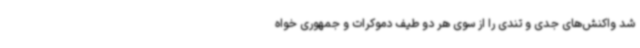
شد واکنش‌های جدی و تندی را از سوی هر دو طیف دموکرات و جمهوری خواه